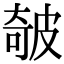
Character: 㿲